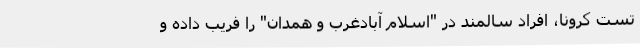
تست کرونا، افراد سالمند در "اسلام آبادغرب و همدان" را فریب داده و